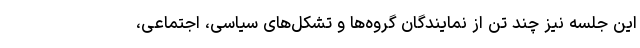
این جلسه نیز چند تن از نمایندگان گروه‌ها و تشکل‌های سیاسی، اجتماعی،